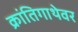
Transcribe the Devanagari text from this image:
क्रांतिगाथेवर